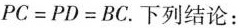
$$PC=PD=BC$$。下列结论：